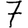
Digit: 7